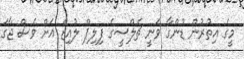
މީގެ އިތުރުން ޑުންގާ ވަނީ ޗެލްސީގެ ފިލިޕް ލުއިޒް އަށް ވެސް ޖާގަ